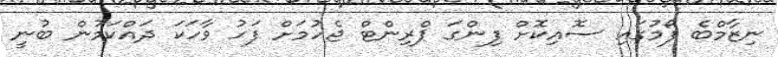
ނިޒާމްބެ ފޯމުގައި ސޮއިކޮށް ފިންގަ ޕްރިންޓް ޖެހުމަށް ފަހު ވާހަކަ ދައްކަމުން ބުނީ